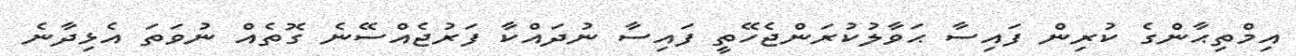
އިމްތިޙާންގެ ކުރިން ފައިސާ ޙަވާލުކުރަންޖެހޭތީ ފައިސާ ނުދައްކާ ފަރުޖެއްސޭނެ ގޮތެއް ނުވަތަ އެޅިދާނެ